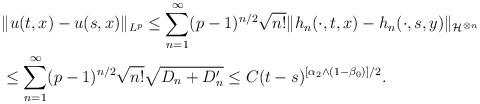
LaTeX: \begin{align*} &\|u(t,x)-u(s,x)\|_{L^p}\le\sum_{n=1}^\infty (p-1)^{n/2}\sqrt{n!} \|h_n(\cdot,t,x)-h_n(\cdot,s,y)\|_{\mathcal H^{\otimes n}} \\ &\le \sum_{n=1}^\infty (p-1)^{n/2}\sqrt{n!} \sqrt{D_n+D_n'}\le C (t-s)^{[\alpha_2\wedge (1-\beta_0)]/2}. \end{align*}